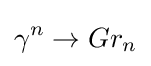
\gamma ^{n}\to Gr_{n}